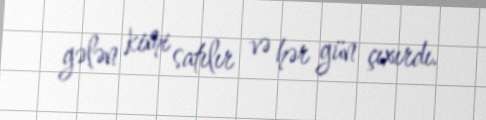
gələn kimi satılır və hər gün çıxırdı.